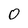
Character: 0